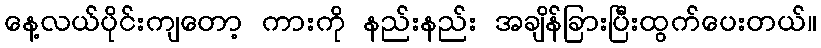
နေ့လယ်ပိုင်းကျတော့ ကားကို နည်းနည်း အချိန်ခြားပြီးထွက်ပေးတယ်။